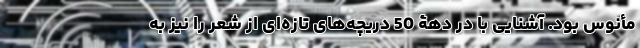
مأنوس بود. آشنایی با در دهۀ 50 دریچه‌های تازه‌ای از شعر را نیز به